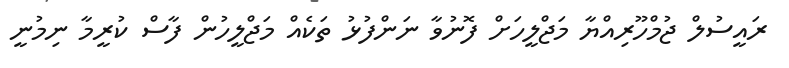
ރައީސުލް ޖުމްހޫރިއްޔާ މަޖްލީހަށް ފޮނުވާ ނަންފުޅު ތަކެއް މަޖްލީހުން ފާސް ކުރީމާ ނިމުނީ